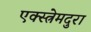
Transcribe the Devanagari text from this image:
एक्स्त्रेमदुरा